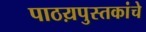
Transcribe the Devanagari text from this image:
पाठय़पुस्तकांचे